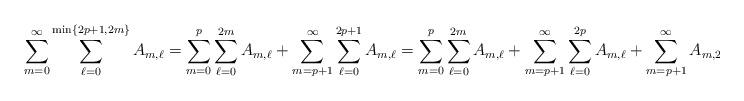
LaTeX: \begin{align*}\sum_{m=0}^{\infty}\sum_{\ell=0}^{\min\{2p+1,2m\}}A_{m,\ell}&=\sum_{m=0}^{p}\sum_{\ell=0}^{2m}A_{m,\ell}+\sum_{m=p+1}^{\infty}\sum_{\ell=0}^{2p+1}A_{m,\ell}=\sum_{m=0}^{p}\sum_{\ell=0}^{2m}A_{m,\ell}+\sum_{m=p+1}^{\infty}\sum_{\ell=0}^{2p}A_{m,\ell}+\sum_{m=p+1}^{\infty}A_{m,2p+1}.\end{align*}